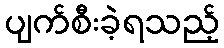
ပျက်စီးခဲ့ရသည့်